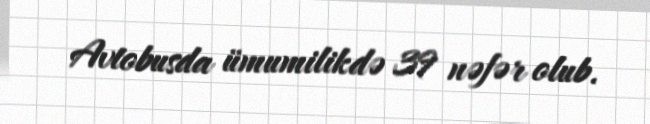
Avtobusda ümumilikdə 39 nəfər olub.